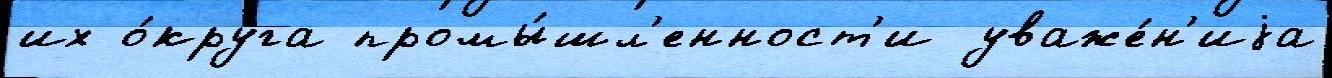
их о́круга промы́шл'енност'и уваже́н'иjа